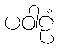
ပဝါဠံ